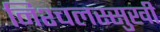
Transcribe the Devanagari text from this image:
निश्चलस्सुखी